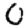
Digit: 0